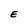
Character: E